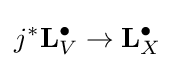
j^{*}\mathbf {L} _{V}^{\bullet }\to \mathbf {L} _{X}^{\bullet }